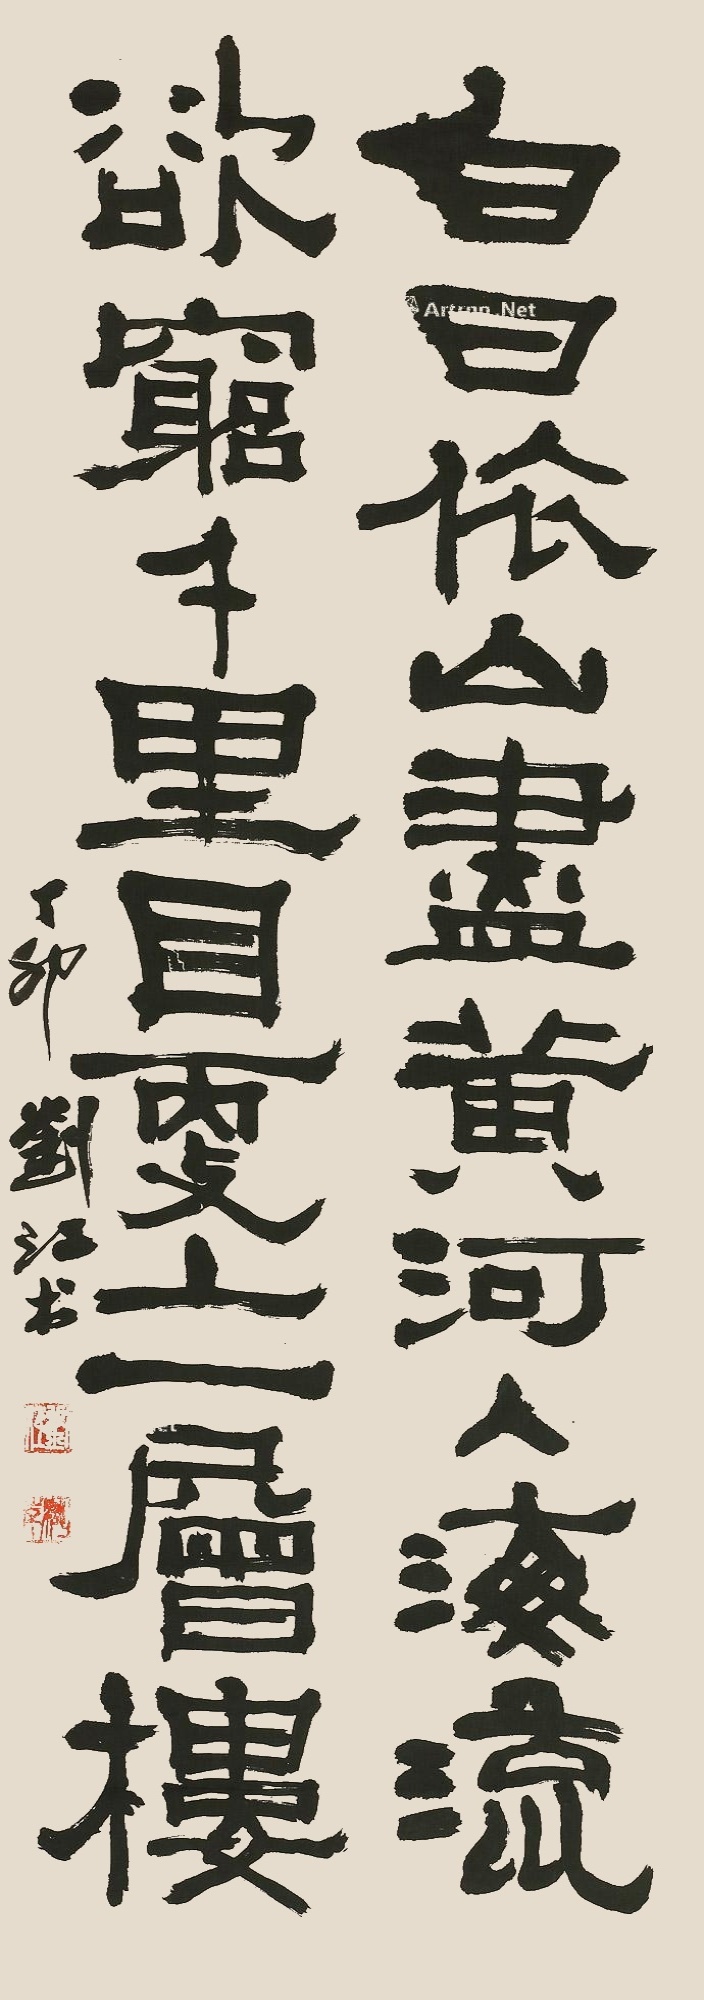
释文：白日依山尽，黄河入海流，欲穷千里目，更上一层楼。丁卯刘江书。